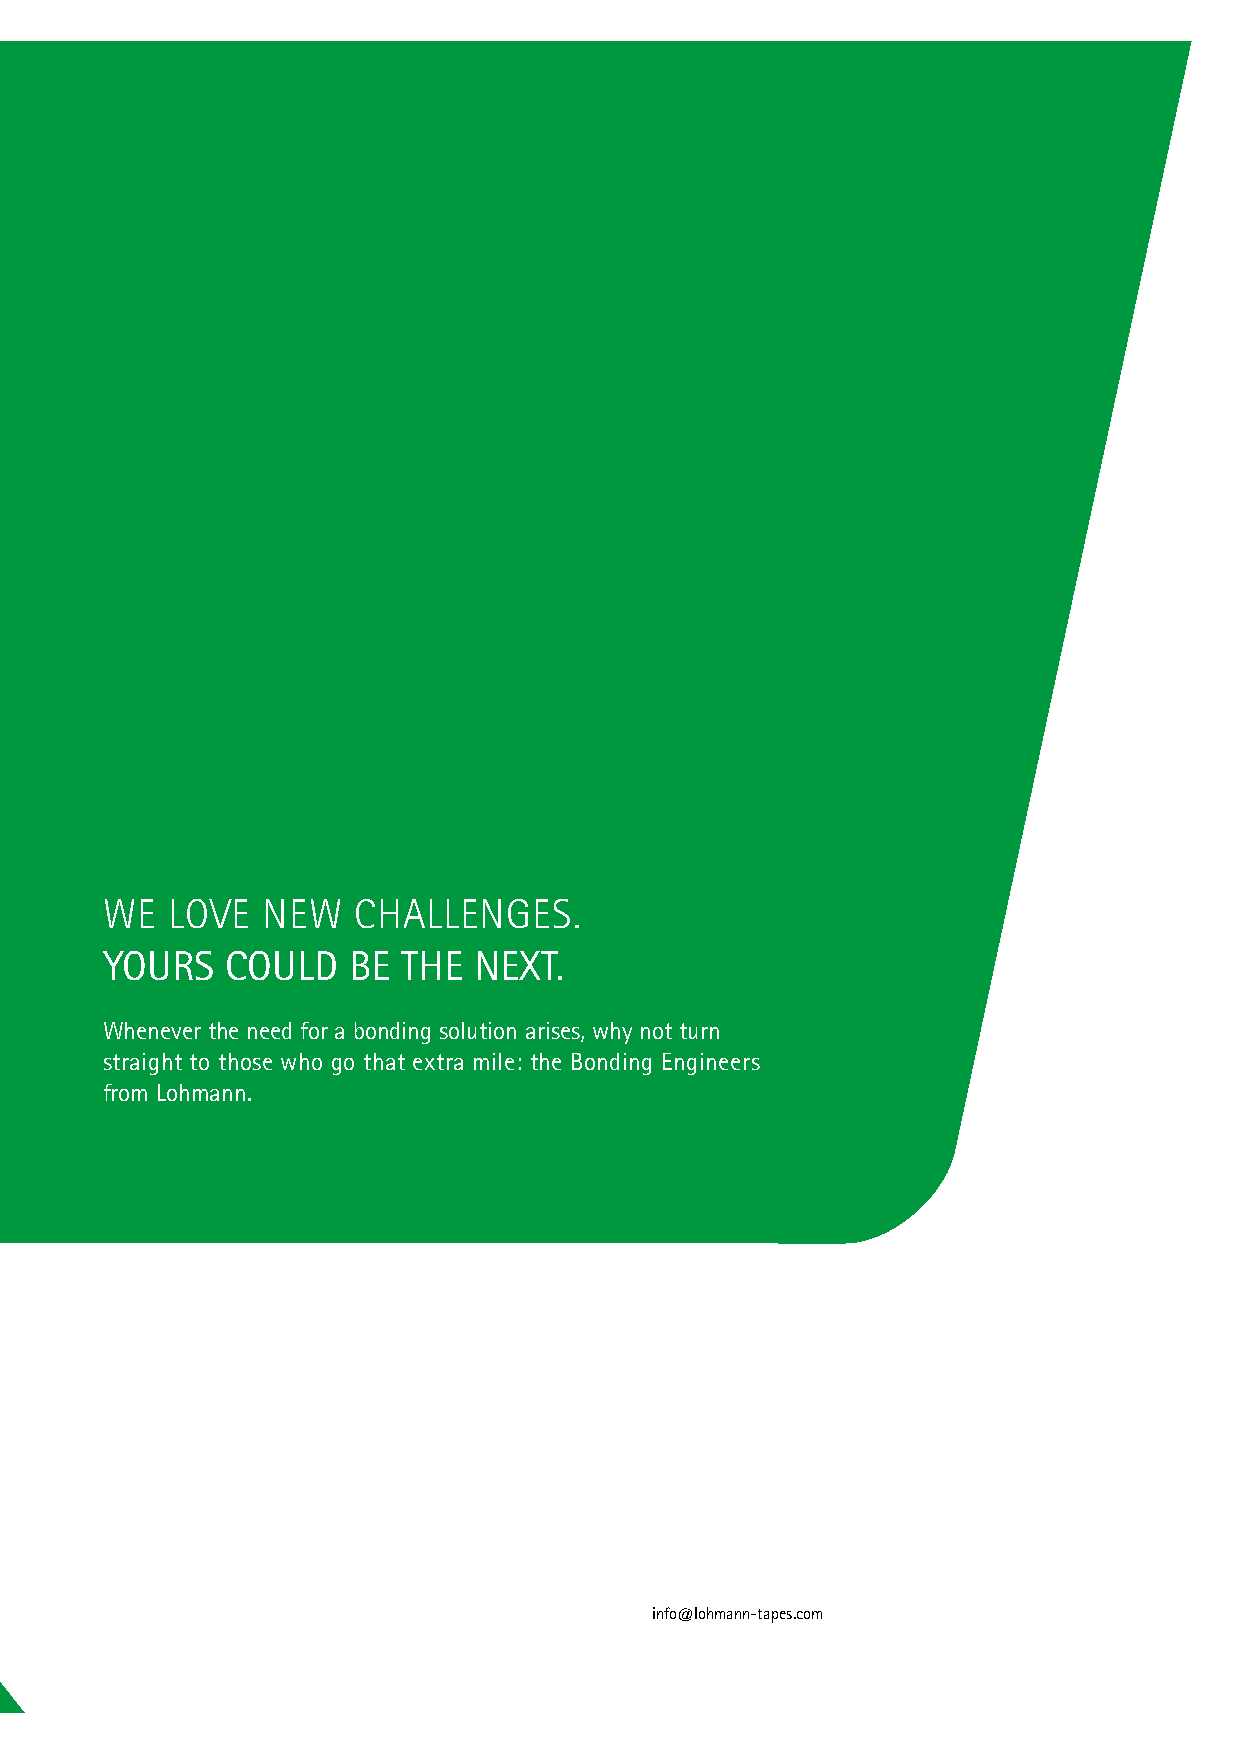
WE  LOVE  NEW   CHALLENGES.
 YOURS   COULD   BE  THE NEXT.
 Whenever the need for a bonding solution arises, why not turn
 straight to those who go that extra mile: the Bonding Engineers
 from Lohmann.
 info@lohmann-tapes.com
 23